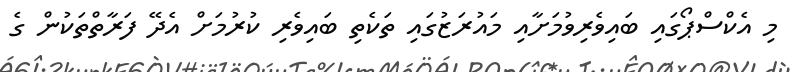
މި އެކްސްޕޯގައި ބައިވެރިވުމަށާއި މައުރަޒުގައި ތަކެތި ބައިވެރި ކުރުމަށް އެދޭ ފަރާތްތަކުން ގެ